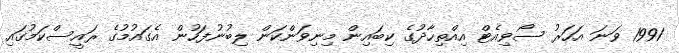
1991 ވަނަ އަހަރު ސޯވިއެޓް އިއްތިހާދުގެ ކިބައިން މިނިވަންކަން ލިބުނުފަހުން އެގައުމުގެ ރައީސްކަމުގައި